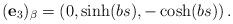
LaTeX: \begin{align*}(\mathbf{e}_{3})_{\beta}=\left( 0,\sinh (bs),-\cosh (bs)\right).\end{align*}